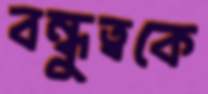
বন্ধুত্বকে